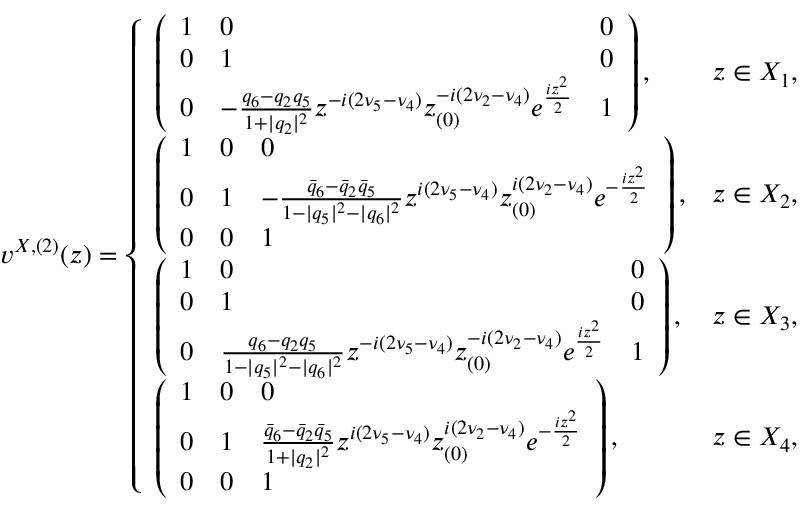
\begin{array} { r } { v ^ { X , ( 2 ) } ( z ) = \left\{ \begin{array} { l l } { \left( \begin{array} { l l l } { 1 } & { 0 } & { 0 } \\ { 0 } & { 1 } & { 0 } \\ { 0 } & { - \frac { q _ { 6 } - q _ { 2 } q _ { 5 } } { 1 + | q _ { 2 } | ^ { 2 } } z ^ { - i ( 2 \nu _ { 5 } - \nu _ { 4 } ) } z _ { ( 0 ) } ^ { - i ( 2 \nu _ { 2 } - \nu _ { 4 } ) } e ^ { \frac { i z ^ { 2 } } { 2 } } } & { 1 } \end{array} \right) , } & { z \in X _ { 1 } , } \\ { \left( \begin{array} { l l l } { 1 } & { 0 } & { 0 } \\ { 0 } & { 1 } & { - \frac { \bar { q } _ { 6 } - \bar { q } _ { 2 } \bar { q } _ { 5 } } { 1 - | q _ { 5 } | ^ { 2 } - | q _ { 6 } | ^ { 2 } } z ^ { i ( 2 \nu _ { 5 } - \nu _ { 4 } ) } z _ { ( 0 ) } ^ { i ( 2 \nu _ { 2 } - \nu _ { 4 } ) } e ^ { - \frac { i z ^ { 2 } } { 2 } } } \\ { 0 } & { 0 } & { 1 } \end{array} \right) , } & { z \in X _ { 2 } , } \\ { \left( \begin{array} { l l l } { 1 } & { 0 } & { 0 } \\ { 0 } & { 1 } & { 0 } \\ { 0 } & { \frac { q _ { 6 } - q _ { 2 } q _ { 5 } } { 1 - | q _ { 5 } | ^ { 2 } - | q _ { 6 } | ^ { 2 } } z ^ { - i ( 2 \nu _ { 5 } - \nu _ { 4 } ) } z _ { ( 0 ) } ^ { - i ( 2 \nu _ { 2 } - \nu _ { 4 } ) } e ^ { \frac { i z ^ { 2 } } { 2 } } } & { 1 } \end{array} \right) , } & { z \in X _ { 3 } , } \\ { \left( \begin{array} { l l l } { 1 } & { 0 } & { 0 } \\ { 0 } & { 1 } & { \frac { \bar { q } _ { 6 } - \bar { q } _ { 2 } \bar { q } _ { 5 } } { 1 + | q _ { 2 } | ^ { 2 } } z ^ { i ( 2 \nu _ { 5 } - \nu _ { 4 } ) } z _ { ( 0 ) } ^ { i ( 2 \nu _ { 2 } - \nu _ { 4 } ) } e ^ { - \frac { i z ^ { 2 } } { 2 } } } \\ { 0 } & { 0 } & { 1 } \end{array} \right) , } & { z \in X _ { 4 } , } \end{array} \right. } \end{array}